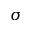
\sigma